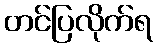
တင်ပြလိုက်ရ